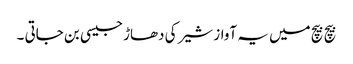
بیچ بیچ میں یہ آواز شیر کی دھاڑ جیسی بن جاتی ۔